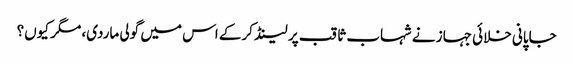
جاپانی خلائی جہاز نے شہاب ثاقب پر لینڈ کرکے اس میں گولی ماردی، مگر کیوں؟